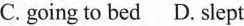
C.going to bed D. slept